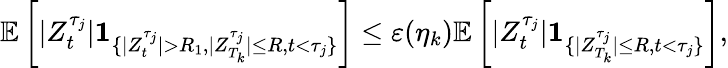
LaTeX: \mathbb{E}\left[|Z_{t}^{\tau_{j}}|\textbf{1}_{\{ |Z_{t}^{\tau_{j}}|>R_{1},|Z_{T_{k}}^{\tau_{j}}|\leq R,t<\tau_{j}\} }\right]\leq\varepsilon(\eta_{k})\mathbb{E}\left[|Z_{t}^{\tau_{j}}|\textbf{1}_{\{ |Z_{T_{k}}^{\tau_{j}}|\leq R,t<\tau_{j}\} }\right],